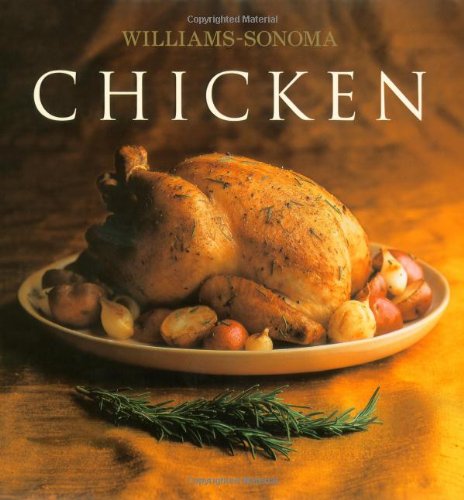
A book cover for The Williams-Sonoma Collection: Chicken; Rick Rodgers; Cookbooks, Food & Wine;